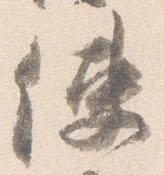
使